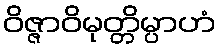
ဝိဇ္ဇာဝိမုတ္တိမ္ပာဟံ